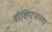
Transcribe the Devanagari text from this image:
वॉशिंग्टनाच्या